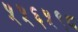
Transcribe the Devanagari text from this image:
५५६५९८